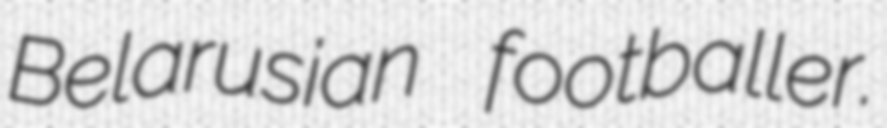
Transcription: Belarusian footballer.